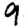
Digit: 9